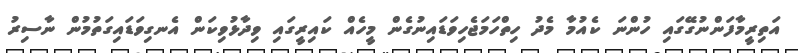
އަތިރީމާފަންނުގޭގައި ހުންނަ ކެއުމާ މެދު ހިތްހަމަޖެހިވަޑައިނުގެން މީހެއް ކައިރީގައި ވިދާޅުވިކަން އެނގިވަޑައިގަތުމުން ނާސިރު